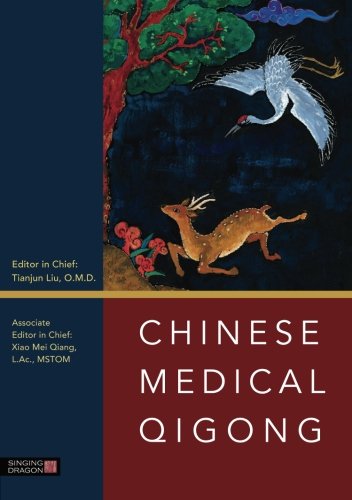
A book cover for Chinese Medical Qigong; Health, Fitness & Dieting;